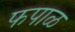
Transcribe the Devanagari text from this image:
फपाळ